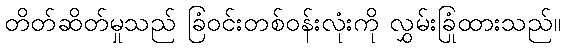
တိတ်ဆိတ်မှုသည် ခြံဝင်းတစ်ဝန်းလုံးကို လွှမ်းခြုံထားသည်။